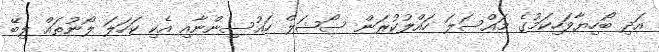
އަދި ބޯހިޔާވަހިކަމުގެ މައްސަލަ ހައްލުކުރަން ސޯޝަލް ހައުސިންނާއި އެކި ކަހަލަ ލޯނުތައް ލިބޭ